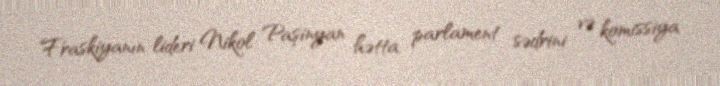
Fraskiyanın lideri Nikol Paşinyan hətta parlament sədrini və komissiya